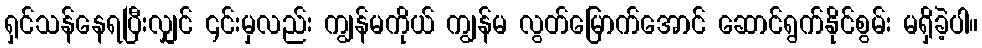
ရှင်သန်နေရပြီးလျှင် ၎င်းမှလည်း ကျွန်မကိုယ် ကျွန်မ လွတ်မြောက်အောင် ဆောင်ရွက်နိုင်စွမ်း မရှိခဲ့ပါ။